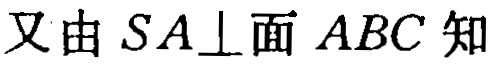
又由 \(SA\perp\)面 \(ABC\) 知